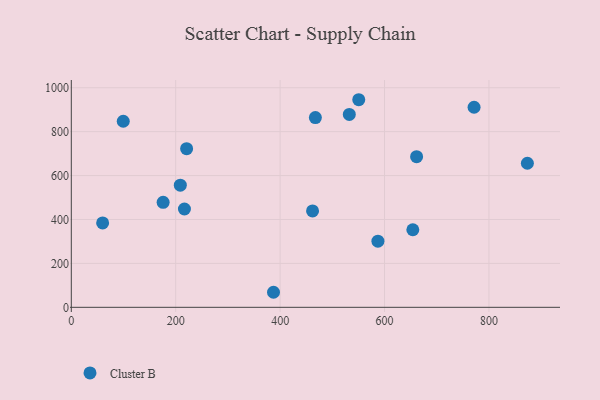
{"axis": {"x": "Speed", "y": "Profit"}, "legend": ["Cluster B"], "data": [{"x": "216.7", "y": 447.8, "type": "Cluster B"}, {"x": "661.4", "y": 686.2, "type": "Cluster B"}, {"x": "467.5", "y": 864.3, "type": "Cluster B"}, {"x": "532.5", "y": 878.4, "type": "Cluster B"}, {"x": "654.2", "y": 353.3, "type": "Cluster B"}, {"x": "175.9", "y": 478.2, "type": "Cluster B"}, {"x": "208.8", "y": 556.3, "type": "Cluster B"}, {"x": "587.3", "y": 301.2, "type": "Cluster B"}, {"x": "462.1", "y": 439.0, "type": "Cluster B"}, {"x": "220.9", "y": 722.6, "type": "Cluster B"}, {"x": "99.5", "y": 847.3, "type": "Cluster B"}, {"x": "387.3", "y": 68.5, "type": "Cluster B"}, {"x": "873.6", "y": 656.1, "type": "Cluster B"}, {"x": "771.5", "y": 911.2, "type": "Cluster B"}, {"x": "60.0", "y": 384.2, "type": "Cluster B"}, {"x": "550.6", "y": 945.4, "type": "Cluster B"}]}